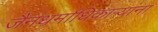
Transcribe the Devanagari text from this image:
जैनधर्माधिकार्‍यांना